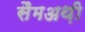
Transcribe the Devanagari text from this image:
सैमअथ़ी